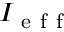
I _ { \mathrm { ~ e ~ f ~ f ~ } }